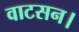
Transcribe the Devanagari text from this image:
वाटसन।